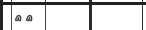
٤٢